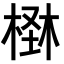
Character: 𣕪